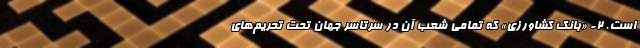
است. 2- «بانک کشاورزی» که تمامی شعب آن در سرتاسر جهان تحت تحریم‌های